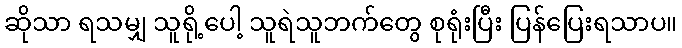
ဆိုသာ ရသမျှ သူရို့ပေါ့ သူရဲသူဘက်တွေ စုရုံးပြီး ပြန်ပြေးရသာပ။